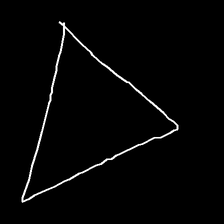
Glyph: convergence